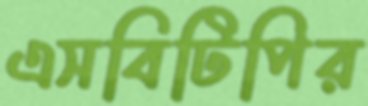
এসবিটিপির